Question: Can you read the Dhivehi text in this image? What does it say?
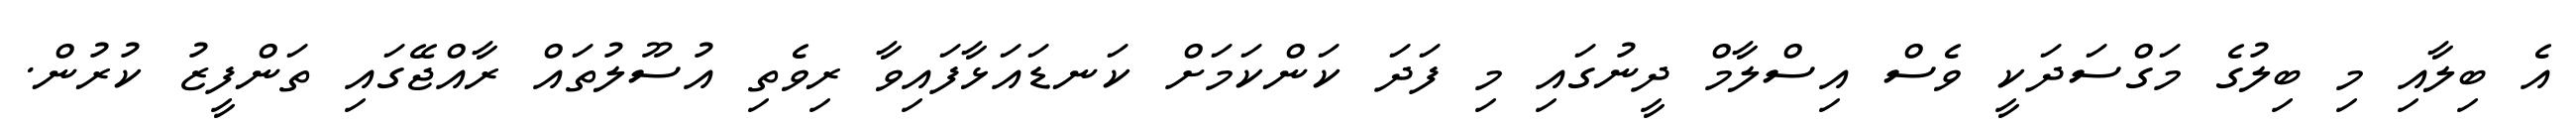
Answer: އެ ބިލާއި މި ބިލުގެ މަގްސަދަކީ ވެސް އިސްލާމް ދީނުގައި މި ފަދަ ކަންކަމަށް ކަނޑައަޅާފައިވާ ރިވެތި އުސޫލުތައް ރާއްޖޭގައި ތަންފީޒު ކުރުން.